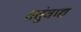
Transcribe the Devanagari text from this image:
ततुंवाद्य